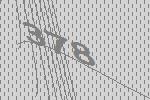
378